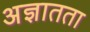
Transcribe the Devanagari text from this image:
अज्ञातता